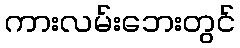
ကားလမ်းဘေးတွင်